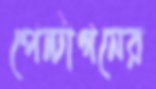
পেন্টাগনের